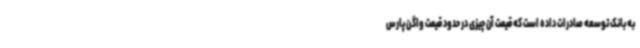
به بانک توسعه صادرات داده است که قیمت آن چیزی در حدود قیمت واگن پارس